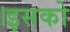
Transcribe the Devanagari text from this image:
।इसको